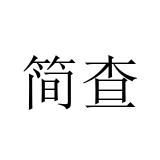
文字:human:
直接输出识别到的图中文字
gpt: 简查